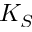
K _ { S }